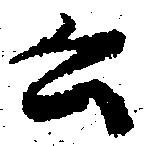
公